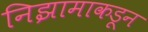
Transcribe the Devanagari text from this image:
निझामाकडून